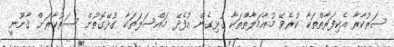
ސަރުކާރާ އެކިފަރާތްތަކާ ކުރެވޭ މުޢާމަލާތްތަކާ ގުޅިގެން އުފެދޭ މައްސަލަތަކާ ގުޅޭގޮތުން ސަރުކާރަށް ޤާނޫނީ